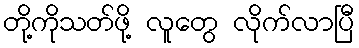
တို့ကိုသတ်ဖို့ လူတွေ လိုက်လာပြီ